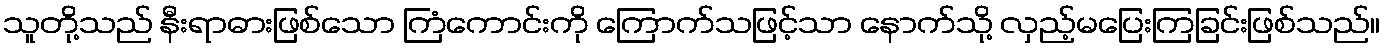
သူတို့သည် နီးရာဓားဖြစ်သော ကြံကောင်းကို ကြောက်သဖြင့်သာ နောက်သို့ လှည့်မပြေးကြခြင်းဖြစ်သည်။